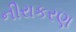
નીરાકરણ